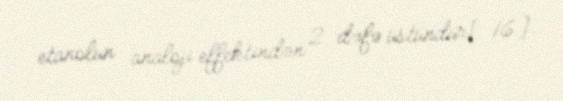
etanolun analoji effektindən 2 dəfə üstündür[16].